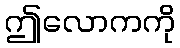
ဤလောကကို